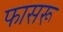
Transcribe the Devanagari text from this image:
फासरू